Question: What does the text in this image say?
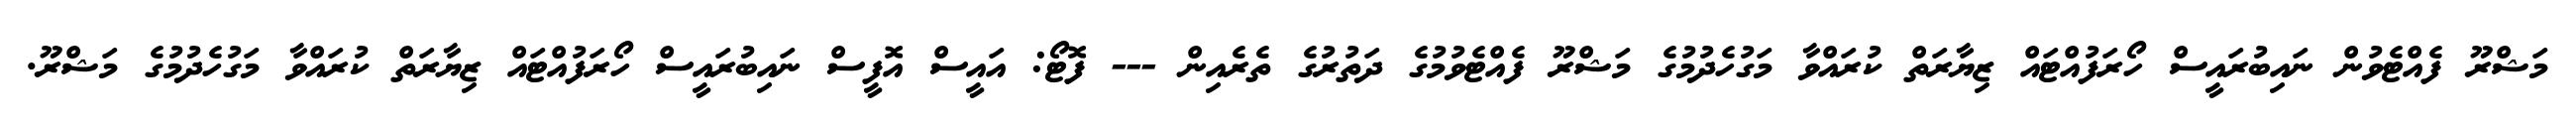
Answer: މަޝްރޫ ފެއްޓެވުން ނައިބުރައީސް ހޯރަފުއްޓައް ޒިޔާރަތް ކުރައްވާ މަގުހެދުމުގެ މަޝްރޫ ފެއްޓެވުމުގެ ދަތުރުގެ ތެރެއިން --- ފޮޓޯ: އައީސް އޮފީސް ނައިބުރައީސް ހޯރަފުއްޓައް ޒިޔާރަތް ކުރައްވާ މަގުހެދުމުގެ މަޝްރޫ.